Annual report on the working of the lock hospitals in the Central Provinces
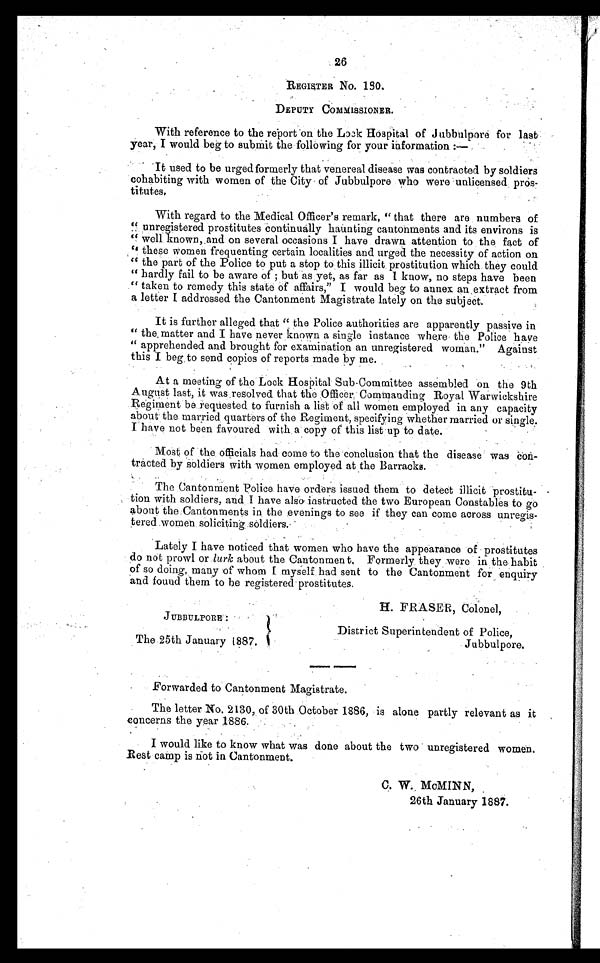
26
REGISTER NO. 130.
DEPUTY COMMISSIONER.
With reference to the report on the Lock Hospital of Jubbulpore for last
year, I would beg to submit the following for your information.
It used to be urged formerly that venereal disease was contracted by soldiers
cohabiting with women of the City of Jubbulpore who were unlicensed pros
titutes.
With regard to the Medical Officer's remark, " that there are numbers of
" unregistered prostitutes continually haunting cantonments and its environs is
" well known, and on several occasions I have drawn attention to the, fact of
" these women frequenting certain localities and urged the necessity of action on
" the part of the Police to put a stop to this illicit prostitution which they could
" hardly fail to be aware of but as yet, as far as I know, no steps have been
" taken to remedy this state of affairs," I would beg to annex an extract from
a letter I addressed the Cantonment Magistrate lately on the subject.
It is further alleged that " the Police authorities are apparently passive in
" the. matter and I have never known a single instance where the Police have
" apprehended and brought for examination an unregistered woman." Against
this I beg . to send copies of reports made by me.
At a meeting of the Lock Hospital Sub-Committee assembled on the 9th
August last, it was resolved that the Officer Commanding Royal Warwickshire
Regiment be requested to furnish a list of all women employed in any capacity
about the married quarters of the Regiment, specifying whether married or single.
I have not been favoured with a copy of this list up to date.
Most of the officials had come to the conclusion that the disease was con
tracted by soldiers with women employed at the Barracks.
The Cantonment Police have orders issued them to detect illicit prostitu
tion with soldiers, and I have also instructed the two European Constables to go
about the Cantonments in the evenings to see if they can come across unregis
tered women soliciting soldiers
.
Lately I have noticed that women who have the appearance of prostitutes
do not prowl or lurk about the Cantonment, Formerly they were in the habit
doing,
so doin, many of whom I myself had sent to the Cantonment for enquiry
and found them to be registered prostitutes.
JUBBULPORE :
The 25th January 1887.
H. FRASER, Colonel,
District Superintendent of Police,
Jubbulpore.
Forwarded to Cantonment Magistrate.
The letter No. 2130, of 30th October 1886, is alone partly relevant as it
concerns the year 1886.
I would like to know what was done about the two unregistered women.
Rest camp is not in Cantonment.
C. W. McMINN,
26th January 1887.